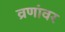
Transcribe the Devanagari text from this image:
व्रणांवर